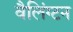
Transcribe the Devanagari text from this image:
वैलिंग्टन